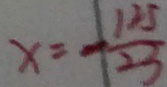
x = - \frac { 1 2 5 } { 2 3 }